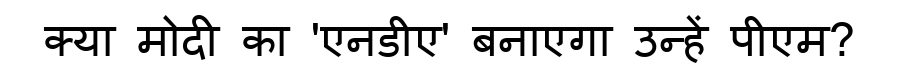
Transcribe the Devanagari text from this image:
क्या मोदी का 'एनडीए' बनाएगा उन्हें पीएम?